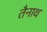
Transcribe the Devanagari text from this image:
तैनाथ